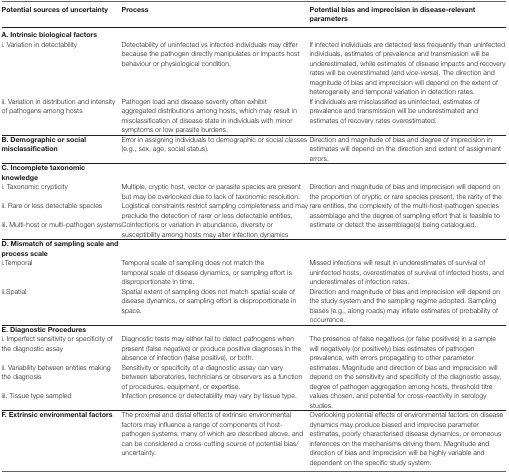
<table><thead><tr><td><b>Potential sources of uncertainty</b></td><td><b>Process</b></td><td><b>Potential bias and imprecision in disease-relevant parameters</b></td></tr></thead><tbody><tr><td colspan="2"><b>A.</b><b> </b><b>Intrinsic biological factors</b></td><td></td></tr><tr><td>i. Variation in detectability</td><td>Detectability of uninfected vs infected individuals may differ because the pathogen directly manipulates or impacts host behaviour or physiological condition.</td><td>If infected individuals are detected less frequently than uninfected individuals, estimates of prevalence and transmission will be underestimated, while estimates of disease impacts and recovery rates will be overestimated (and <i>vice-versa</i>). The direction and magnitude of bias and imprecision will depend on the extent of heterogeneity and temporal variation in detection rates.</td></tr><tr><td>ii. Variation in distribution and intensity of pathogens among hosts</td><td>Pathogen load and disease severity often exhibit aggregated distributions among hosts, which may result in misclassification of disease state in individuals with minor symptoms or low parasite burdens.</td><td>If individuals are misclassified as uninfected, estimates of prevalence and transmission will be underestimated and estimates of recovery rates overestimated.</td></tr><tr><td><b>B.</b><b> </b><b>Demographic or social misclassification</b></td><td>Error in assigning individuals to demographic or social classes (e.g., sex, age, social status).</td><td>Direction and magnitude of bias and degree of imprecision in estimates will depend on the direction and extent of assignment errors.</td></tr><tr><td><b>C.</b><b> </b><b>Incomplete taxonomic knowledge</b></td><td></td><td></td></tr><tr><td>i. Taxonomic crypticity</td><td>Multiple, cryptic host, vector or parasite species are present but may be overlooked due to lack of taxonomic resolution.</td><td rowspan="3">Direction and magnitude of bias and imprecision will depend on the proportion of cryptic or rare species present, the rarity of the rare entities, the complexity of the multi-host-pathogen species assemblage and the degree of sampling effort that is feasible to estimate or detect the assemblage(s) being catalogued.</td></tr><tr><td>ii. Rare or less detectable species</td><td>Logistical constraints restrict sampling completeness and may preclude the detection of rarer or less detectable entities.</td></tr><tr><td>iii. Multi-host or multi-pathogen systems</td><td>Coinfections or variation in abundance, diversity or susceptibility among hosts may alter infection dynamics</td></tr><tr><td><b>D.</b><b> </b><b>Mismatch of sampling scale and process scale</b></td><td></td><td></td></tr><tr><td>i.Temporal</td><td>Temporal scale of sampling does not match the temporal scale of disease dynamics, or sampling effort is disproportionate in time.</td><td>Missed infections will result in underestimates of survival of uninfected hosts, overestimates of survival of infected hosts, and underestimates of infection rates.</td></tr><tr><td>ii.Spatial</td><td>Spatial extent of sampling does not match spatial scale of disease dynamics, or sampling effort is disproportionate in space.</td><td>Direction and magnitude of bias and imprecision will depend on the study system and the sampling regime adopted. Sampling biases (e.g., along roads) may inflate estimates of probability of occurrence.</td></tr><tr><td colspan="2"><b>E.</b><b> </b><b>Diagnostic Procedures</b></td><td></td></tr><tr><td>i. Imperfect sensitivity or specificity of the diagnostic assay</td><td>Diagnostic tests may either fail to detect pathogens when present (false negative) or produce positive diagnoses in the absence of infection (false positive), or both.</td><td rowspan="3">The presence of false negatives (or false positives) in a sample will negatively (or positively) bias estimates of pathogen prevalence, with errors propagating to other parameter estimates. Magnitude and direction of bias and imprecision will depend on the sensitivity and specificity of the diagnostic assay, degree of pathogen aggregation among hosts, threshold titre values chosen, and potential for cross-reactivity in serology studies.</td></tr><tr><td>ii. Variability between entities making the diagnosis</td><td>Sensitivity or specificity of a diagnostic assay can vary between laboratories, technicians or observers as a function of procedures, equipment, or expertise.</td></tr><tr><td>iii. Tissue type sampled</td><td>Infection presence or detectability may vary by tissue type.</td></tr><tr><td><b>F.</b><b> </b><b>Extrinsic environmental factors</b></td><td>The proximal and distal effects of extrinsic environmental factors may influence a range of components of host-pathogen systems, many of which are described above, and can be considered a cross-cutting source of potential bias/uncertainty.</td><td>Overlooking potential effects of environmental factors on disease dynamics may produce biased and imprecise parameter estimates, poorly characterised disease dynamics, or erroneous inferences on the mechanisms driving them. Magnitude and direction of bias and imprecision will be highly variable and dependent on the specific study system.</td></tr></tbody></table>